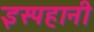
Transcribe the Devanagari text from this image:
इस्पहानी